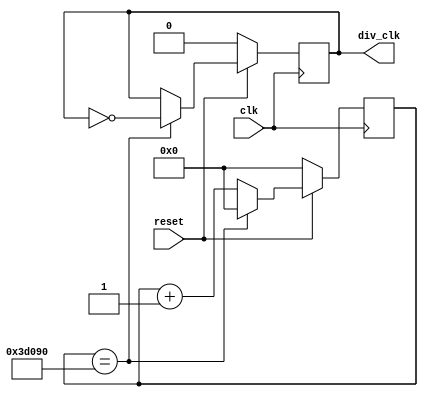
`define TimeExpire 32'd250000
module clk_div_100(clk, reset, div_clk);
input clk, reset;
output reg div_clk;
reg [31:0] count;

always@(posedge clk)
begin
	if(reset) // reset == 1
	begin 
		if(count == `TimeExpire)
		begin
			count <= 32'd0;
			div_clk <= ~div_clk;
		end
		else
		begin
			count <= count + 32'd1;
		end
	end
	else // reset == 0
	begin
		count <= 32'd0;
		div_clk <= 1'b0;
	end
end
endmodule